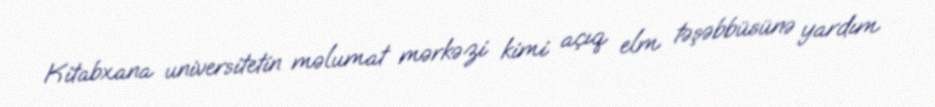
Kitabxana universitetin məlumat mərkəzi kimi açıq elm təşəbbüsünə yardım